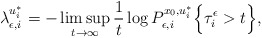
\begin{align*}\lambda_{\epsilon, i}^{u_i^{\ast}} = - \limsup_{t \rightarrow \infty} \frac{1} {t} \log P_{\epsilon,i}^{x_0, u_i^{\ast}} \Bigl\{\tau_i^{\epsilon} > t \Bigr\}, \end{align*}